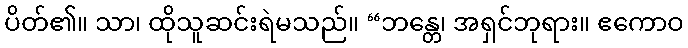
ပိတ်၏။ သာ၊ ထိုသူဆင်းရဲမသည်။ “ဘန္တေ၊ အရှင်ဘုရား။ ဧကောဝ